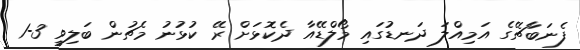
ފެނަބާޗޭގެ އަމިއްލަ ދަނޑުގައި މޯލްޑޭއާ ދެކޮޅަށް ރޭ ކުޅުނު މެޗުން ބަލިވީ 3-1